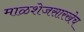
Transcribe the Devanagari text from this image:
माळशेजसारखेच